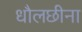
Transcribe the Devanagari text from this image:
धौलछीना